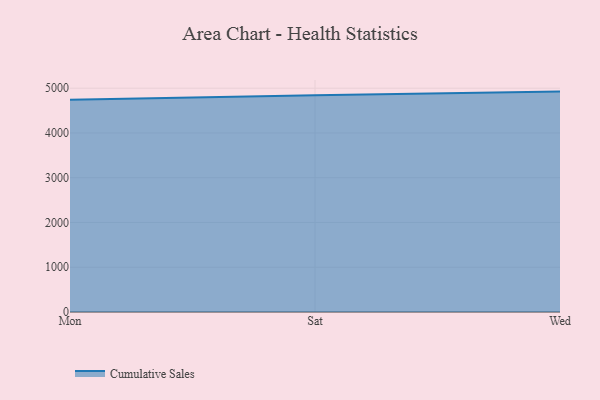
{"axis": {"x": "Day", "y": "Active Users"}, "legend": ["Cumulative Sales"], "data": [{"x": "Mon", "y": 4743.4, "type": "Cumulative Sales"}, {"x": "Sat", "y": 4843.0, "type": "Cumulative Sales"}, {"x": "Wed", "y": 4923.7, "type": "Cumulative Sales"}]}